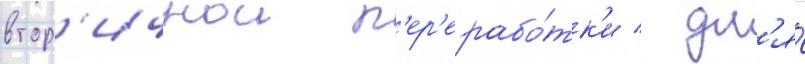
втор'ичнои п'ер'ерабо́тк'и / дл'я́